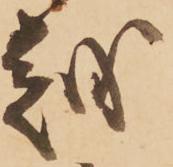
越